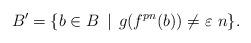
LaTeX: \begin{align*}B'=\{b\in B\,\mid\, g(f^{pn}(b)) \neq \varepsilon\ n\}.\end{align*}